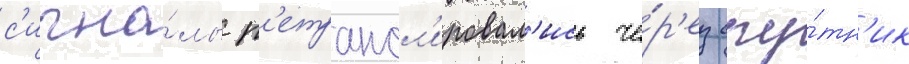
с'игна́лы р'етрансл'ировал'ись че́р'ез спу́тн'ик